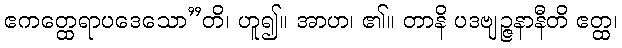
ဧကတ္ထေရာပဒေသော”တိ၊ ဟူ၍။ အာဟ၊ ၏။ တာနိ ပဒဗျဉ္ဇနာနီတိ ဧတ္ထ၊